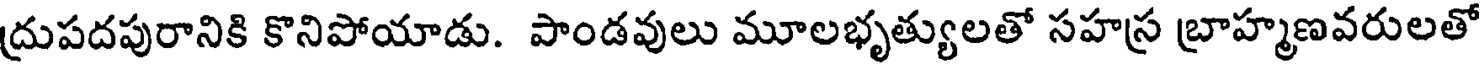
ద్రుపదపురానికి కొనిపోయాడు. పాండవులు మూలభృత్యులతో సహస్ర బ్రాహ్మణవరులతో